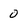
Character: 0